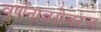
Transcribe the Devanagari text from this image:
वर्णनाबरोबरच